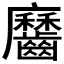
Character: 𪙱